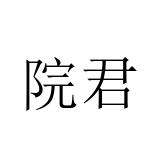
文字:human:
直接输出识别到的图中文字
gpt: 院君